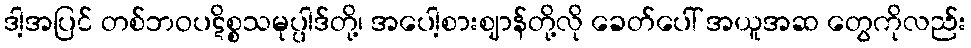
ဒါ့အပြင် တစ်ဘဝပဋိစ္စသမုပ္ပါဒ်တို့၊ အပေါ့စားဈာန်တို့လို ခေတ်ပေါ် အယူအဆ တွေကိုလည်း